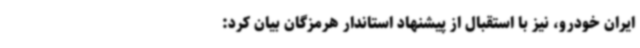
ایران خودرو، نیز با استقبال از پیشنهاد استاندار هرمزگان بیان کرد: